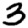
Digit: 3